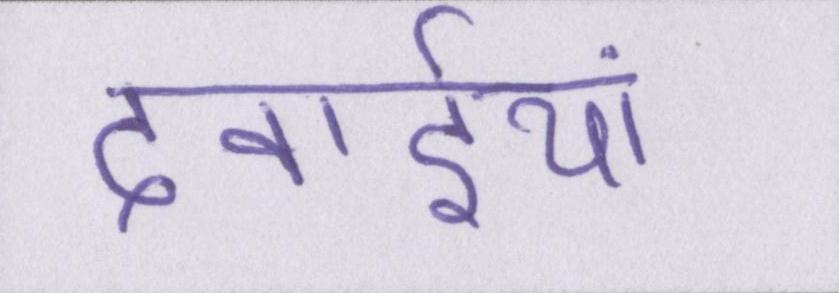
दवाईयां